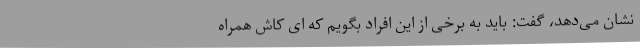
نشان می‌دهد، گفت: باید به برخی از این افراد بگویم که ای کاش همراه